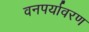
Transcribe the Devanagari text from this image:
वनपर्यावरण